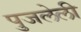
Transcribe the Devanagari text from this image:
पुजलेली